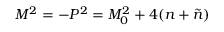
M ^ { 2 } = - P ^ { 2 } = M _ { 0 } ^ { 2 } + 4 ( n + \tilde { n } )